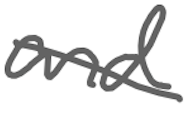
Text: and
Cross-out: diagonal
Writing tool: digital_gray